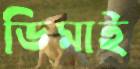
ডিমাই